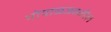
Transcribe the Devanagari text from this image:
भोपाळजवळील